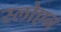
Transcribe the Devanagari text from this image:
स्लोएन